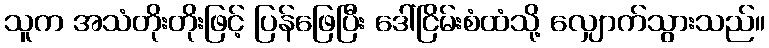
သူက အသံတိုးတိုးဖြင့် ပြန်ဖြေပြီး ဒေါ်ငြိမ်းစံထံသို့ လျှောက်သွားသည်။